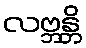
လဗ္ဘန္တိ